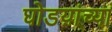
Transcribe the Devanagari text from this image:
घोडय़ांच्या